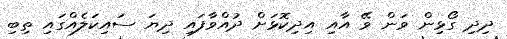
ދިދި ގޯޅިން ވަން ވޭ އާއި އިދިކޮޅަށް ދުއްވާފައި ދިޔަ ސައިކަލެއްގައި ތިބި